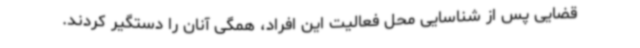
قضایی پس از شناسایی محل فعالیت این افراد، همگی آنان را دستگیر کردند.